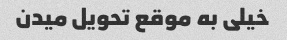
خیلی به موقع تحویل میدن